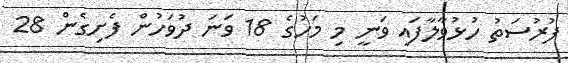
ފުރުސަތު ހުޅުވާލާފައި ވަނީ މި މަހުގެ 18 ވަނަ ދުވަހުން ފެށިގެން 28